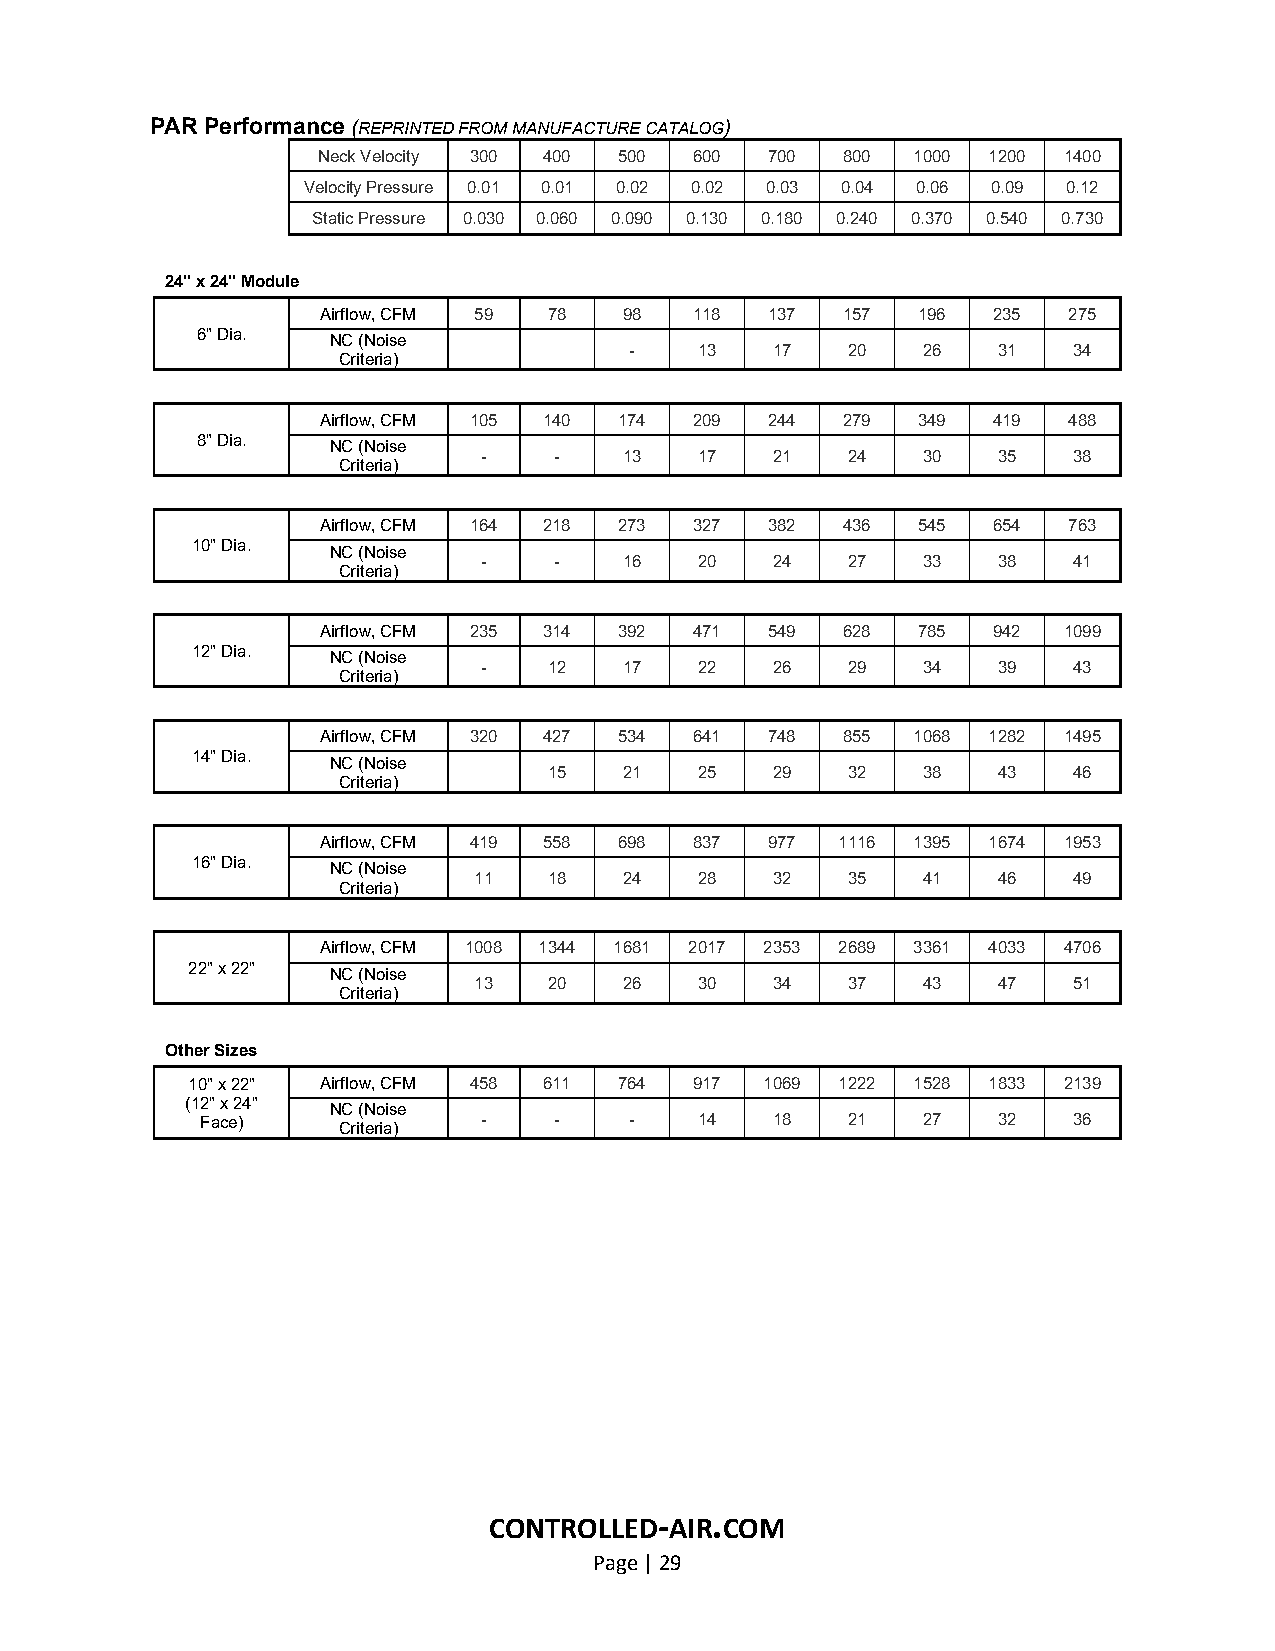
PAR Performance (REPRINTED FROM MANUFACTURE CATALOG)
 Neck Velocity 300 400 500 600 700  800 1000 1200 1400
 Velocity Pressure 0.01 0.01 0.02 0.02 0.03 0.04 0.06 0.09 0.12
 Static Pressure 0.030 0.060 0.090 0.130 0.180 0.240 0.370 0.540 0.730
 24" x 24" Module
 Airflow, CFM 59 78  98   118  137  157  196  235  275
 6" Dia.  NC (Noise
 -   13   17   20   26   31   34
 Criteria)
 Airflow, CFM 105 140 174 209  244  279  349  419  488
 8" Dia.  NC (Noise
 -    -   13   17   21   24   30   35   38
 Criteria)
 Airflow, CFM 164 218 273 327  382  436  545  654  763
 10" Dia. NC (Noise
 -    -   16   20   24   27   33   38   41
 Criteria)
 Airflow, CFM 235 314 392 471  549  628  785  942 1099
 12" Dia. NC (Noise
 -   12   17   22   26   29   34   39   43
 Criteria)
 Airflow, CFM 320 427 534 641  748  855 1068 1282 1495
 14" Dia. NC (Noise
 15   21   25   29   32   38   43   46
 Criteria)
 Airflow, CFM 419 558 698 837  977  1116 1395 1674 1953
 16" Dia. NC (Noise
 11   18   24   28   32   35   41   46   49
 Criteria)
 Airflow, CFM 1008 1344 1681 2017 2353 2689 3361 4033 4706
 22" x 22" NC (Noise
 13   20   26   30   34   37   43   47   51
 Criteria)
 Other Sizes
 10" x 22" Airflow, CFM 458 611 764 917 1069 1222 1528 1833 2139
 (12" x 24" NC (Noise
 Face)              -    -    -   14   18   21   27   32   36
 Criteria)
 CONTROLLED-AIR.COM
 Page | 29